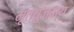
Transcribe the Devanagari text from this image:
मृत्युजन्य